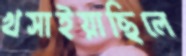
খসাইয়াছিলে